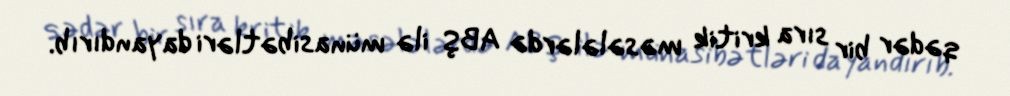
qədər bir sıra kritik məsələlərdə ABŞ ilə münasibətləri dayandırıb.